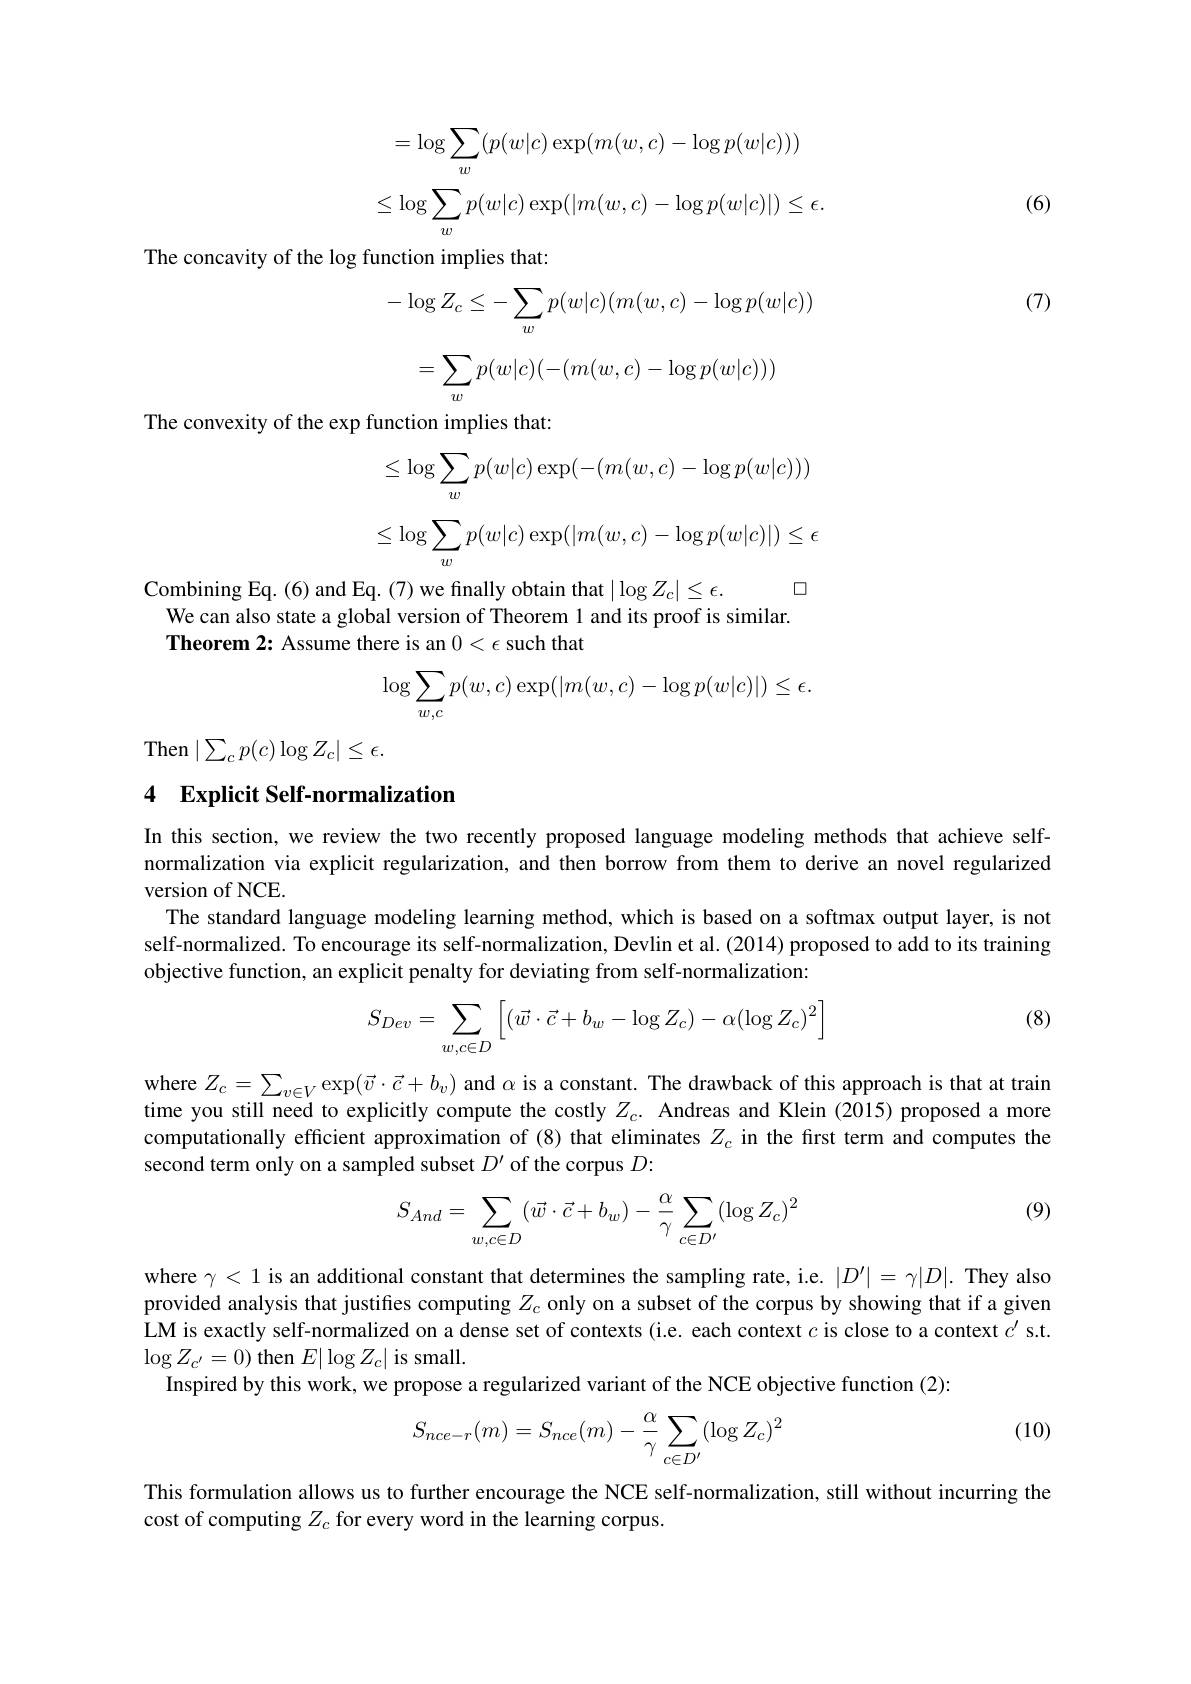
$$=\log\sum_w(p(w|c)\exp(m(w,c)-\log p(w|c)))$$
$$\leq\log\sum_wp(w|c)\exp(|m(w,c)-\log p(w|c)|)\leq\epsilon.$$
(6)

The concavity of the log function implies that:

(7)
$$-\log Z_c\leq-\sum_wp(w|c)(m(w,c)-\log p(w|c))$$
$$=\sum_wp(w|c)(-(m(w,c)-\log p(w|c)))$$
The convexity of the exp function implies that:
$$\leq\log\sum_wp(w|c)\exp(-(m(w,c)-\log p(w|c)))$$
$$\leq\log\sum_wp(w|c)\exp(|m(w,c)-\log p(w|c)|)\leq\epsilon $$
Combining Eq. (6) and Eq. (7) we finally obtain that $| \log Z_c| \leq \epsilon .$ $\square$

We can also state a global version of Theorem 1 and its proof is similar.
Theorem 2: Assume there is an $0<\epsilon$ such that
$$\begin{aligned}\log\sum_{w,c}p(w,c)\exp(|m(w,c)-\log p(w|c)|)\leq\epsilon.\end{aligned}$$
Then$\mid\sum_cp(c)\log Z_c|\leq\epsilon.$

## 4 Explicit Self-normalization

In this section, we review the two recently proposed language modeling methods that achieve selfnormalization via explicit regularization, and then borrow from them to derive an novel regularized version of NCE.
The standard language modeling learning method, which is based on a softmax output layer, is not self-normalized. To encourage its self-normalization, Devlin et al. (2014) proposed to add to its training objective function, an explicit penalty for deviating from self-normalization:

(8)
$$S_{Dev}=\sum_{w,c\in D}\left[(\vec w\cdot\vec c+b_w-\log Z_c)-\alpha(\log Z_c)^2\right]$$
where $Z_{c}= \sum _{v\in V}\exp ( \vec{v} \cdot \vec{c} + b_{v})$ and $\alpha$ is a constant. The drawback of this approach is that at train time you still need to explicitly compute the costly $Z_{c}.$ Andreas and Klein ( 2015) proposed a more computationally efficient approximation of (8) that eliminates $Z_c$ in the first term and computes the second term only on a sampled subset $D^{\prime}$ of the corpus $D:$

(9)
$$\begin{aligned}S_{And}=\sum_{w,c\in D}(\vec w\cdot\vec c+b_w)-\frac{\alpha}{\gamma}\sum_{c\in D'}(\log Z_c)^2\end{aligned}$$
where $\gamma<1$ is an additional constant that determines the sampling rate, i.e. $|D^{\prime}|=\gamma|D|.$ They also provided analysis that justifies computing $Z_c$ only on a subset of the corpus by showing that if a given LM is exactly self-normalized on a dense set of contexts (i.e. each context $c$ is close to a context $c^{\prime}$ s.t. $\log Z_{c^{\prime}}=0)$ then $E|\log Z_c|$ is small.
Inspired by this work, we propose a regularized variant of the NCE objective function (2):

(10)
$$\begin{aligned}S_{nce-r}(m)=S_{nce}(m)-\frac{\alpha}{\gamma}\sum_{c\in D'}(\log Z_c)^2\end{aligned}$$
This formulation allows us to further encourage the NCE self-normalization, still without incurring the
cost of computing $Z_c$ for every word in the learning corpus.